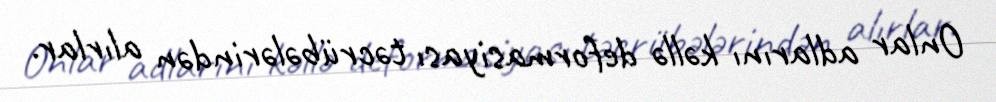
Onlar adlarını kəllə deformasiyası təcrübələrindən alırlar.